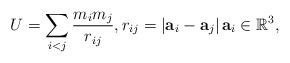
LaTeX: \begin{align*}U=\sum_{i<j}\frac{m_{i}m_{j}}{r_{ij}},r_{ij}=\left\vert\mathbf{a}_{i}-\mathbf{a}_{j}\right\vert \mathbf{a}_{i}\in\mathbb{R}^{3}, \end{align*}